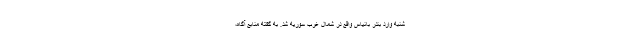
شنبه وارد بندر بانیاس واقع در شمال غرب سوریه شد. به گفته منابع آگاه،